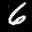
Label: 6